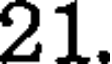
21.